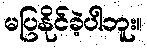
မပြနိုင်ခဲ့ပါဘူး။